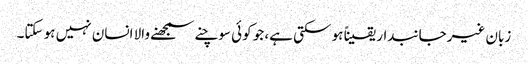
زبان غیرجانبدار یقیناً ہو سکتی ہے، جو کوئی سوچنے سمجھنے والا انسان نہیں ہو سکتا۔